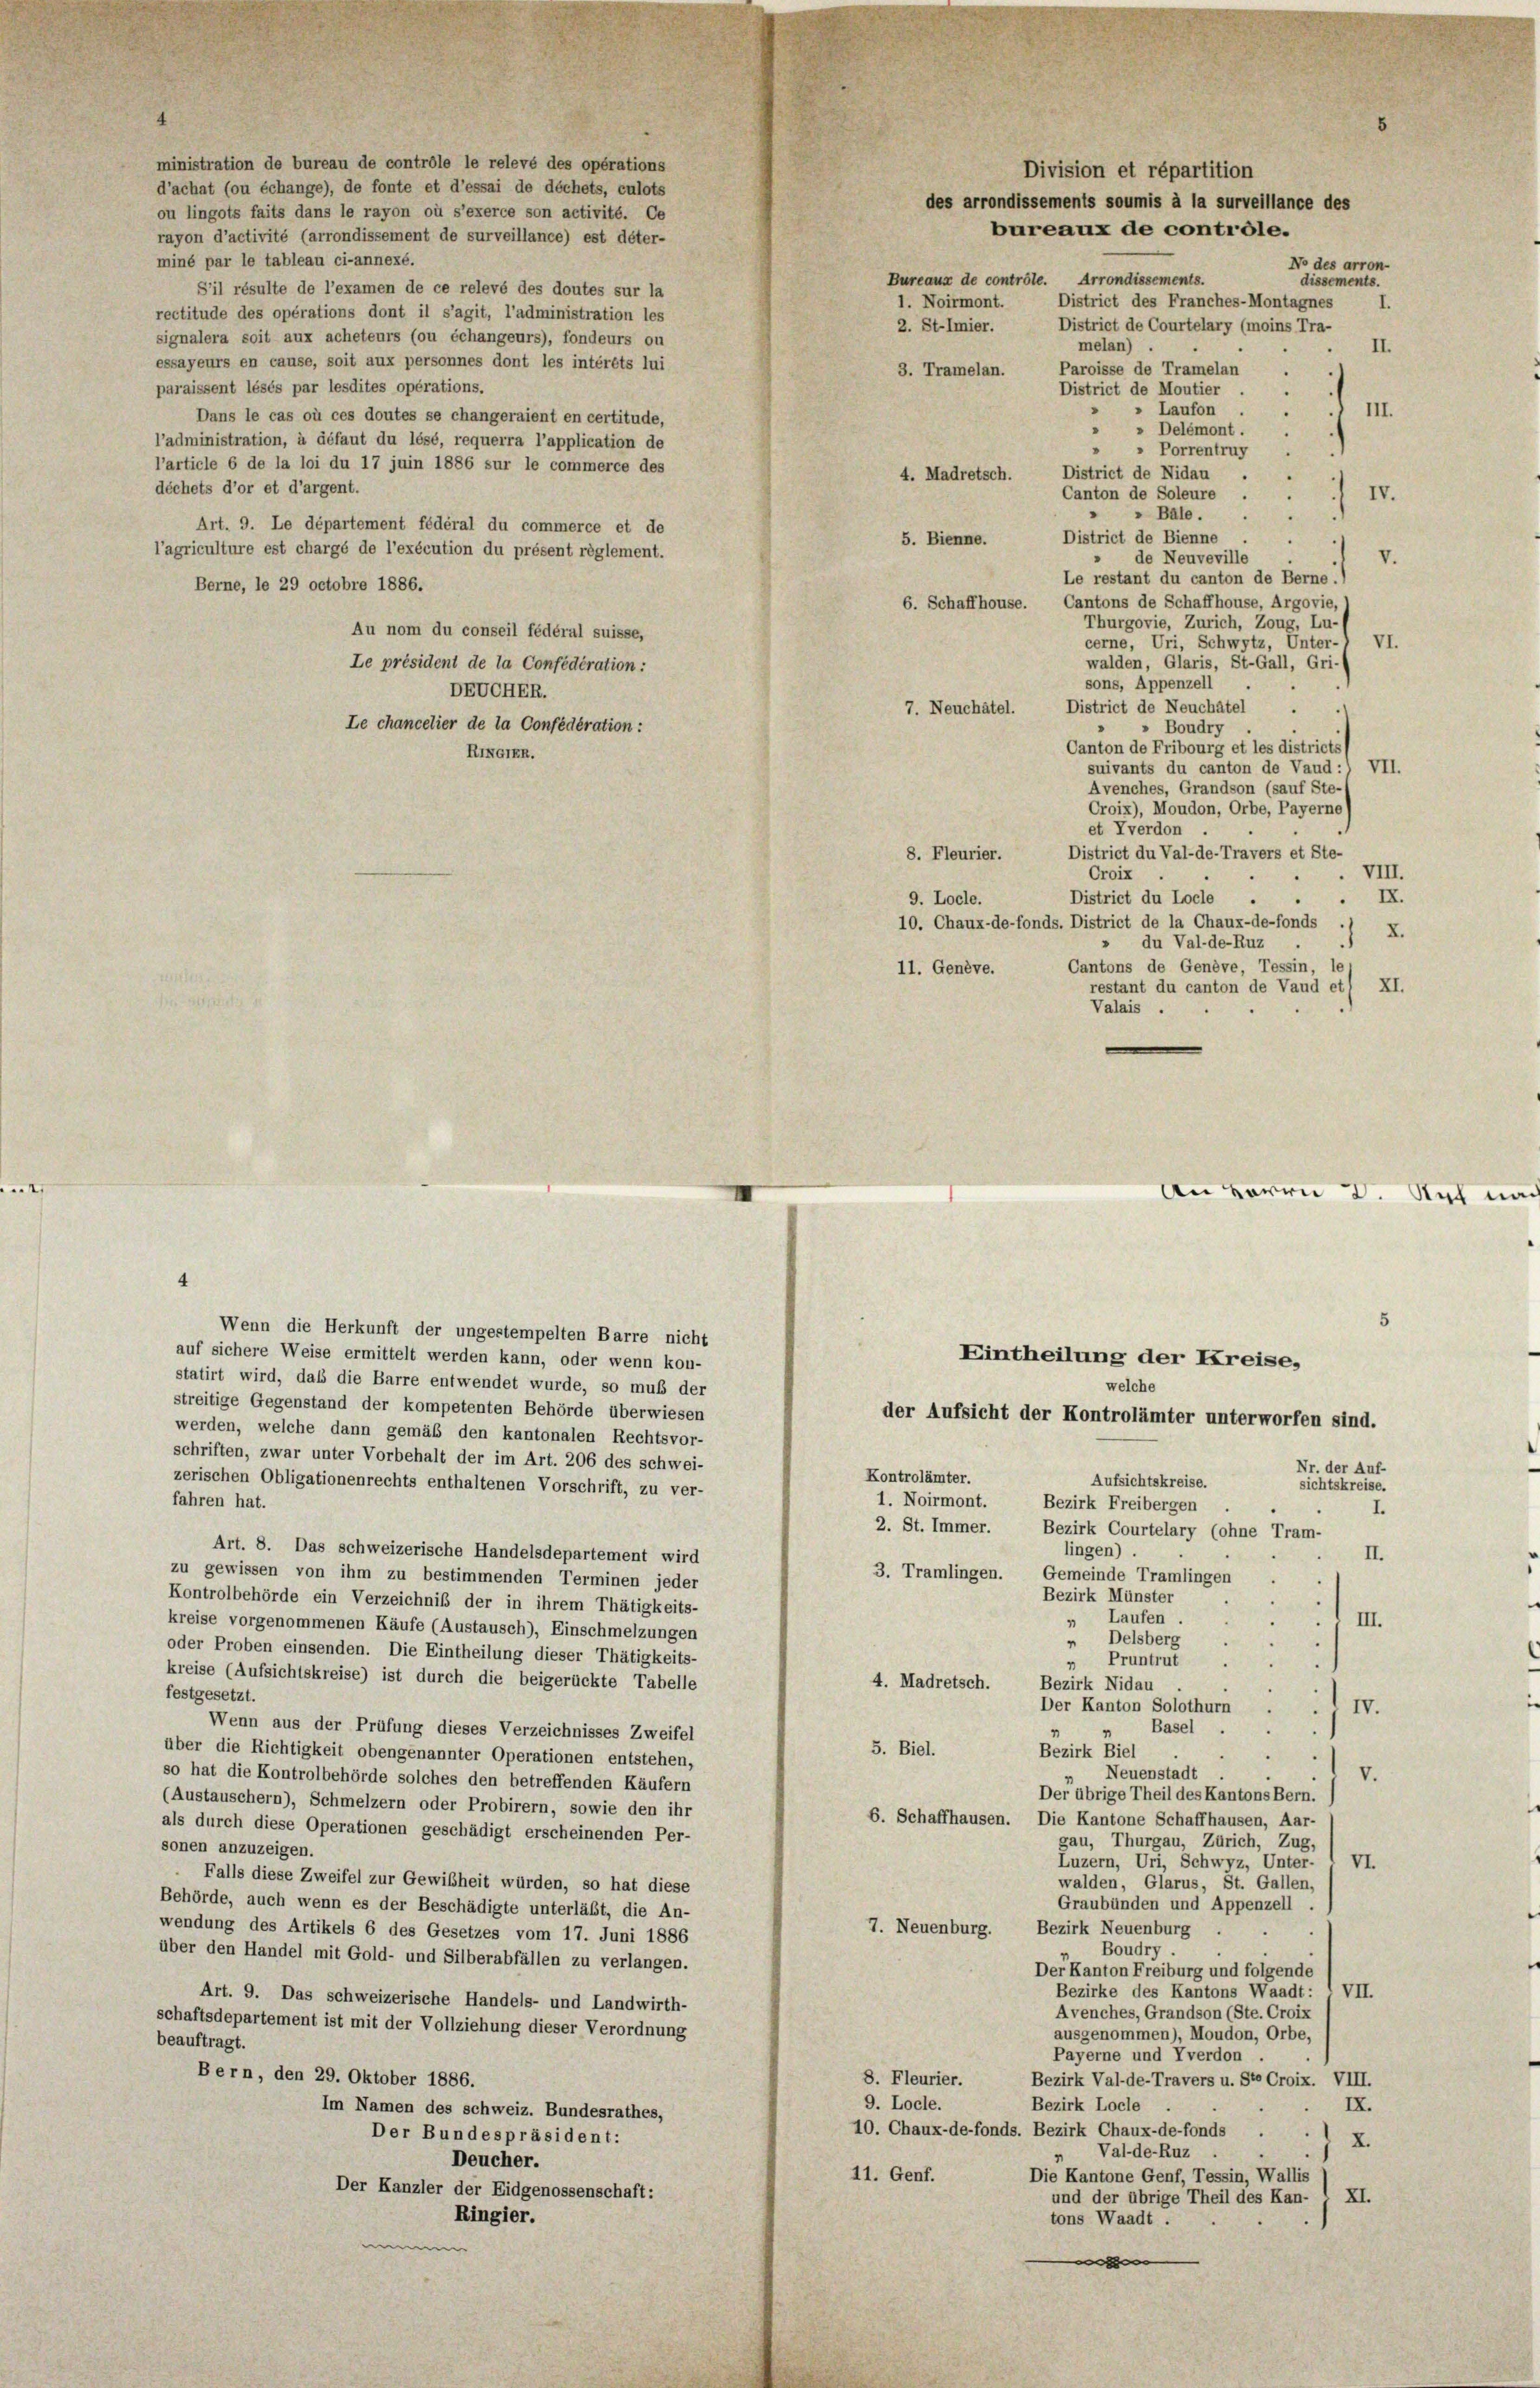
ministration de bureau de contrôle le relevé des opérations
d’achat (ou échange), de fonte et d’essai de déchets, culots
ou lingots faits dans le rayon où s’exerce son activité. Ce
rayon d’activité (arrondissement de surveillance) est déter-
miné par le tableau ci-annexé.
S’il résulte de l’examen de ce relevé des doutes sur la
rectitude des opérations dont il s’agit, l’administration les
signalera soit aux acheteurs (ou échangeurs), fondeurs ou
essayeurs en cause, soit aux personnes dont les intérêts lui
paraissent lésés par lesdites opérations.
Dans le cas où ces doutes se changeraient en certitude,
l’administration, à défaut du lésé, requerra l’application de
l’article 6 de la loi du 17 juin 1886 sur le commerce des
déchets d’or et d’argent.
Art. 9. Le département fédéral du commerce et de
l’agriculture est chargé de l’exécution du présent règlement.
Berne, le 29 octobre 1886.
Au nom du conseil fédéral suisse,
Le président de la Confédération:
DEUCHER.
Le chancelier de la Confédération:
RIKGIR.

Division et répartition
des arrondissements soumis à la surveillance des
bureaux de contrôle.
An Herrn
Ruch in

Ne des arron-
District des Franches-Montagnes
I
District de Courtelary (moins Tra-
2. St-Imier.
melan)
II.
3. Tramelan. Paroisse de Tramelan .
District de Moutier
» Laufon
III.
 Delémont.
"
Porrentruy
District de Nidau
4. Madretsch.
Canton de Soleure
IV.
5
 " Bale.
5. Bienne. District de Bienne
V.
de Neuveville
Le restant du canton de Berne.)
6. Schaffhouse. Cantons de Schaffhouse, Argovie
Thurgovie, Zürich, Zoug, Lu-
VI
cerne, Uri, Schwyz, Unter
walden, Glaris, St.Gall, Gri-
sons, Appenzell
District de Neuchâtel .
7. Neuchâtel.
" Boudry
Canton de Fribourg et les districts
suivants du canton de Vaud:, VII.
Avenches, Grandson (sauf Ste-
Croix), Moudon, Orbe, Payerne
et Yverdon
8. Fleurier. District du Val-de-Travers et Ste-
VIII.
Croix
District du Locle
IX.
.
9. Locle.
10. Chaux-de-fonds. District de la Chaux-de-fonds ./ X.
du Val-de-Ruz
Cantons de Genève, Tessin, 11
11. Genève.
restant du canton de Vaud et/ XI.
Valais .

Bureaux de contrôle. Arrondissements.
1. Noirmont.

dissements.

4
Wenn die Herkunft der ungestempelten Barre nicht
auf sichere Weise ermittelt werden kann, oder wenn kon-
statirt wird, daß die Barre entwendet wurde, so muß der
streitige Gegenstand der kompetenten Behörde überwiesen
der Aufsicht der Kontrolämter unterworfen sind.
werden, welche dann gemäß den kantonalen Rechtsvor-
schriften, zwar unter Vorbehalt der im Art. 206 des schwei-
Kontrolämter.
Aufsichtskreise.
zerischen Obligationenrechts enthaltenen Vorschrift, zu ver-
1. Noirmont.
fahren hat.
Bezirk Freibergen
2. St. Immer.
Bezirk Courtelary (ohne Tram-
lingen).
Art. 8. Das schweizerische Handelsdepartement wird
II.
zu gewissen von ihm zu bestimmenden Terminen jeder
3. Tramlingen. Gemeinde Tramlingen
Bezirk Münster
Kontrolbehörde ein Verzeichniß der in ihrem Thätigkeits-
» Laufen.
III.
3
kreise vorgenommenen Käufe (Austausch), Einschmelzungen
 Delsberg
oder Proben einsenden. Die Eintheilung dieser Thätigkeits-
„ Pruntrut
kreise (Aufsichtskreise) ist durch die beigerückte Tabelle
4. Madretsch.
Bezirk Nidau
.
festgesetzt.
Der Kanton Solothurn . . IV.
Wenn aus der Prüfung dieses Verzeichnisses Zweifel
 Basel
.
5. Biel.
Bezirk Biel
über die Richtigkeit obengenannter Operationen entstehen,
Neuenstadt
V.
so hat die Kontrolbehörde solches den betreffenden Käufern
Der übrige Theil des Kantons Bern.
(Austauschern), Schmelzern oder Probirern, sowie den ihr
6. Schaffhausen.
Die Kantone Schaffhausen, Aar-
als durch diese Operationen geschädigt erscheinenden Per-
gau, Thurgau, Zürich, Zug
sonen anzuzeigen.
Luzern, Uri, Schwyz, Unter- u VI.
Falls diese Zweifel zur Gewißheit würden, so hat diese
walden, Glarus, St. Gallen,
Behörde, auch wenn es der Beschädigte unterläßt, die An-
Graubünden und Appenzell
7. Neuenburg. Bezirk Neuenburg
wendung des Artikels 6 des Gesetzes vom 17. Juni 1886
Boudry .
über den Handel mit Gold- und Silberabfällen zu verlangen.
Der Kanton Freiburg und folgende
Bezirke des Kantons Waadt
VII.
Art. 9. Das schweizerische Handels- und Landwirth-
Avenches, Grandson (Ste. Croix
schaftsdepartement ist mit der Vollziehung dieser Verordnung
ausgenommen), Moudon, Orbe,
beauftragt.
Payerne und verdon
Bern, den 29. Oktober 1886.
8. Fleurier.
Bezirk Val-de-Travers u. Ste Croix. VIII
9. Locle.
IX.
Bezirk Locle .
Im Namen des schweiz. Bundesrathes,
10. Chaux-de-fonds. Bezirk Chaux-de-fonds . . 1 X.
Der Bundespräsident:
Val-de-Ruz
Deucher.
11. Genf.
Die Kantone Genf, Tessin, Wallis
Der Kanzler der Eidgenossenschaft:
und der übrige Theil des Kan- I XI.
Ringier.
tons Waadt .

Eintheilung der Kreise,
welche

Nr. der Auf-
sichtskreise.